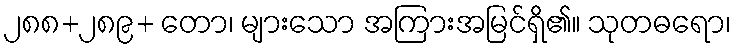
၂၈၈+၂၈၉+ တော၊ များသော အကြားအမြင်ရှိ၏။ သုတဓရော၊